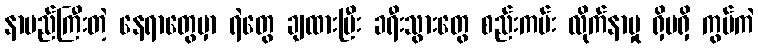
နာမည်ကြီးတဲ့ နေရာတွေမှာ ရဲတွေ ချထားပြီး ခရီးသွားတွေ စည်းကမ်း လိုက်နာမှု ရှိမရှိ ကွပ်ကဲ